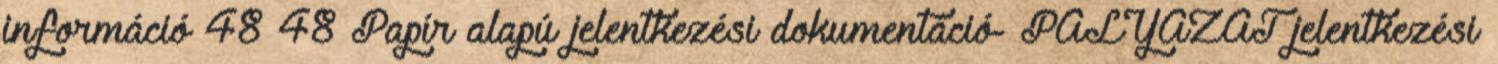
információ 48 48 Papír alapú jelentkezési dokumentáció- PÁLYÁZAT jelentkezési